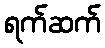
ရက်ဆက်